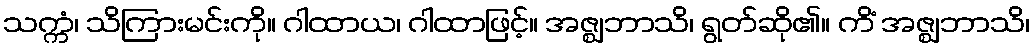
သက္ကံ၊ သိကြားမင်းကို။ ဂါထာယ၊ ဂါထာဖြင့်။ အဇ္ဈဘာသိ၊ ရွတ်ဆို၏။ ကိံ အဇ္ဈဘာသိ၊